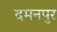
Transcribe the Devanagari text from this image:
दमनपुर